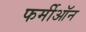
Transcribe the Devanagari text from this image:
फर्मीऑन